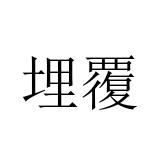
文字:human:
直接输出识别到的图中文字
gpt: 埋覆